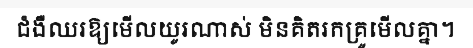
ជំងឺឈរឱ្យមើលយូរណាស់ មិនគិតរកគ្រូមើលគ្នា។